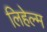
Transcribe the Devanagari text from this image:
लिहेल्म